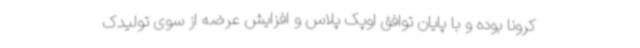
کرونا بوده و با پایان توافق اوپک پلاس و افزایش عرضه از سوی تولیدک